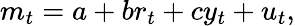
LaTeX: m_{t}=a+br_{t}+cy_{t}+u_{t},